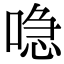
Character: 喼